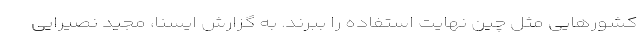
کشورهایی مثل چین نهایت استفاده را ببرند. به گزارش ایسنا، مجید نصیرایی